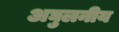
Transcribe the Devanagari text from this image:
अघुलनीय